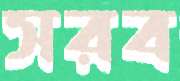
সরব